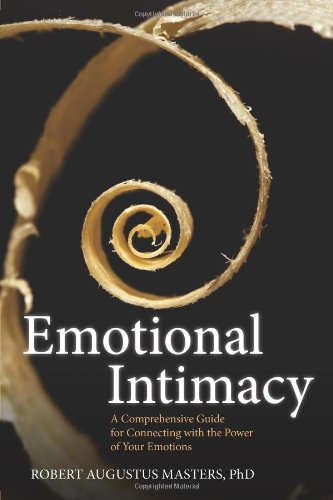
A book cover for Emotional Intimacy: A Comprehensive Guide for Connecting with the Power of Your Emotions; Robert Augustus Masters  PhD; Health, Fitness & Dieting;